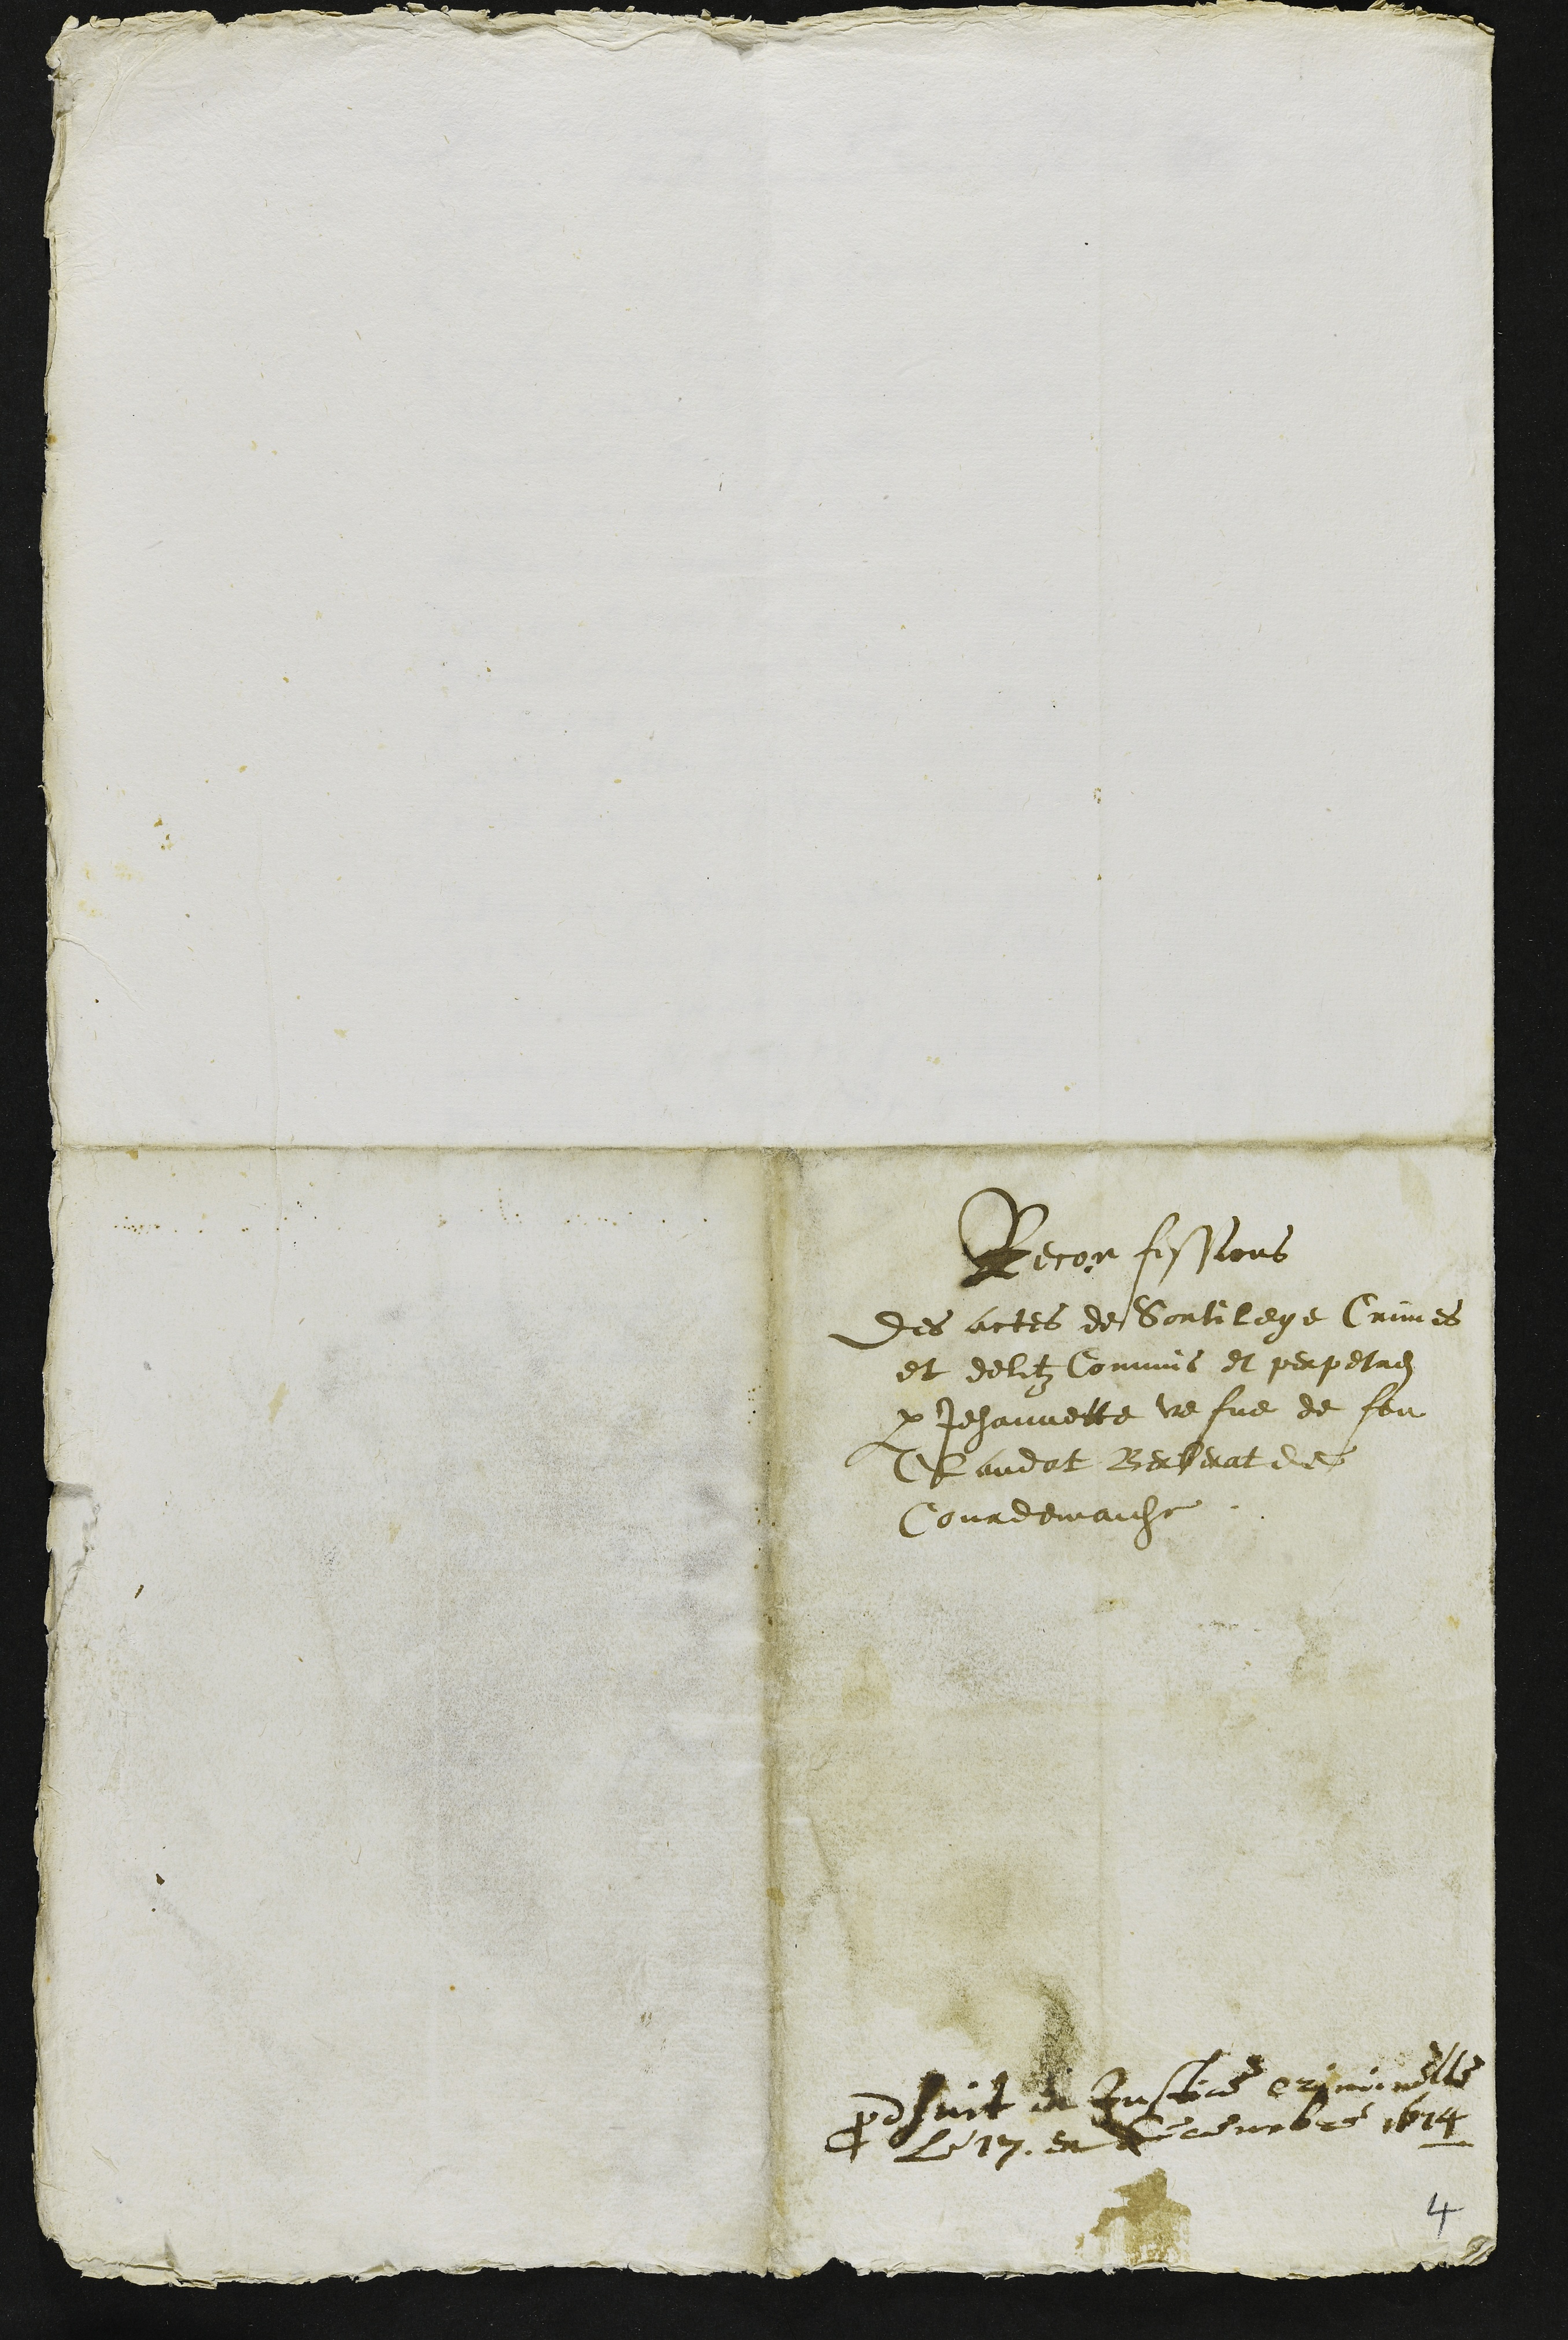
Reconfessions
Des actes de Sortilege Crimes
et delitz Commis et perpetres
par Jehannette vefve de feu
Claudat Berberat de
Courdemaiche
Prodhuit en Justice criminelle
Le 17 decembre 1614